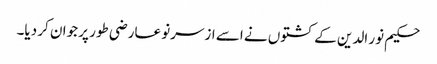
حکیم نور الدین کے کشتوں نے اسے ازسرنو عارضی طور پر جوان کر دیا۔